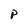
Character: P